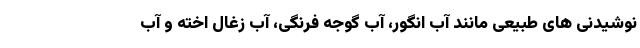
نوشیدنی های طبیعی مانند آب انگور، آب گوجه فرنگی، آب زغال اخته و آب